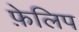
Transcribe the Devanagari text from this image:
फ़ेलिप